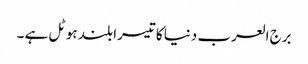
برج العرب دنیا کا تیسرا بلند ہوٹل ہے ۔